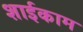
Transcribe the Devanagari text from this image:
शाईकाम